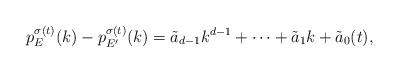
LaTeX: \begin{align*}p_E^{\sigma(t)}(k) - p_{E'}^{\sigma(t)}(k) = \tilde{a}_{d-1} k^{d-1} + \cdots + \tilde{a}_1 k + \tilde{a}_0(t),\end{align*}